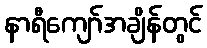
နာရီကျော်အချိန်တွင်